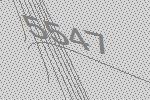
5547